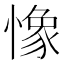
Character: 𢠽